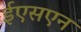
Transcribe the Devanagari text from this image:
ईएसएन